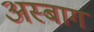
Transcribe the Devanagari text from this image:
अस्बाग